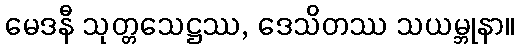
မေဒနီ သုတ္တသေဋ္ဌဿ, ဒေသိတဿ သယမ္ဘုနာ။